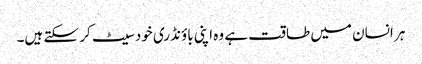
ہر انسان میں طاقت ہے وہ اپنی باؤنڈری خود سیٹ کر سکتے ہیں۔